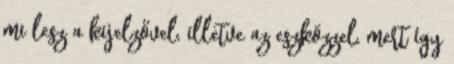
mi lesz a kijelzővel, illetve az eszközzel, mert így